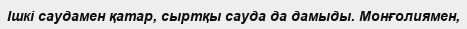
Ішкі саудамен қатар, сыртқы сауда да дамыды. Монғолиямен,